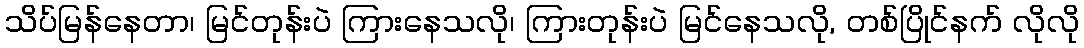
သိပ်မြန်နေတာ၊ မြင်တုန်းပဲ ကြားနေသလို၊ ကြားတုန်းပဲ မြင်နေသလို, တစ်ပြိုင်နက် လိုလို